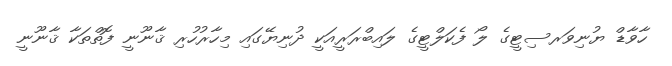
ހާވާޑް ޔުނިވަރސިޓީގެ ލޯ ފެކަލްޓީގެ ލައިބްރަރީއަކީ ދުނިޔޭގައި މިހާރުހުރި ޤާނޫނީ ފޮތްތަކާ ޤާނޫނީ